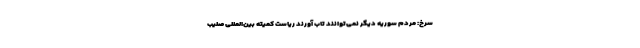
سرخ: مردم سوریه دیگر نمی‌توانند تاب آورند ریاست کمیته بین‌المللی صلیب